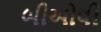
બીઓવી